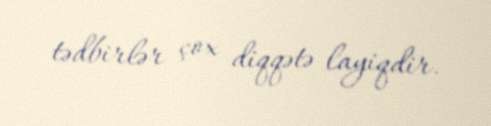
tədbirlər çox diqqətə layiqdir.